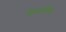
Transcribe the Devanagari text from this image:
वैक्सबिल